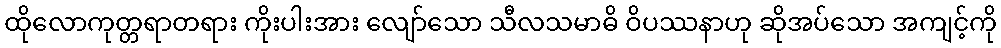
ထိုလောကုတ္တရာတရား ကိုးပါးအား လျော်သော သီလသမာဓိ ဝိပဿနာဟု ဆိုအပ်သော အကျင့်ကို